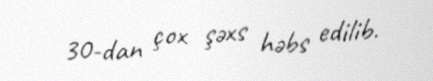
30-dan çox şəxs həbs edilib.